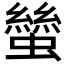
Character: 𧑿